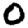
Digit: 0